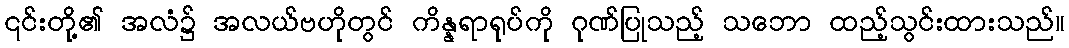
၎င်းတို့၏ အလံ၌ အလယ်ဗဟိုတွင် ကိန္နရာရုပ်ကို ဂုဏ်ပြုသည့် သဘော ထည့်သွင်းထားသည်။